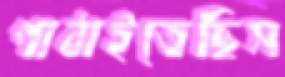
পাঠাইতেছিস